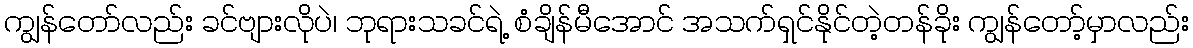
ကျွန်တော်လည်း ခင်ဗျားလိုပဲ၊ ဘုရားသခင်ရဲ့ စံချိန်မီအောင် အသက်ရှင်နိုင်တဲ့တန်ခိုး ကျွန်တော့်မှာလည်း